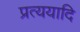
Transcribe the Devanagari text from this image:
प्रत्ययादि